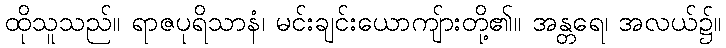
ထိုသူသည်။ ရာဇပုရိသာနံ၊ မင်းချင်းယောကျ်ားတို့၏။ အန္တရေ၊ အလယ်၌။